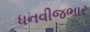
ધનવીજભાર